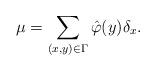
LaTeX: \begin{align*} \mu=\sum_{(x,y)\in\Gamma}\hat\varphi(y)\delta_x. \end{align*}